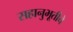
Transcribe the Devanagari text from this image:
सहानुभूतीचे